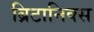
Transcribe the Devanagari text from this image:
ब्रिटानिक्स